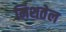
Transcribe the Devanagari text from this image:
मिशतेल